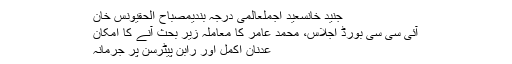
جنید خانسعید اجملعالمی درجہ بندیمصباح الحقیونس خان
آئی سی سی بورڈ اجلاس، محمد عامر کا معاملہ زیر بحث آنے کا امکان
عدنان اکمل اور رابن پیٹرسن پر جرمانہ